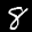
Label: 8